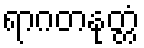
ရာဂတနုတ္တံ